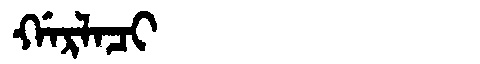
Manchu: ᡤᠠᡵᠯᠠᠴᡳ
Romanization: GARLACI